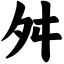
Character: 舛